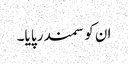
ان کو سمندر پایا۔